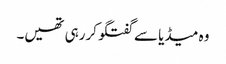
وہ میڈیا سے گفتگو کررہی تھیں۔